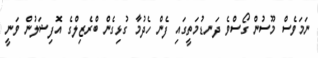
ނަމަވެސް މޫސުން ގޯސްވެ ދަނޑުމަތީގައި ފެން ހެދުމާ ގުޅިގެން ބްރެޒިލްގެ އޮފިޝަލުން ވަނީ